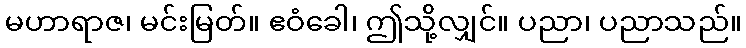
မဟာရာဇ၊ မင်းမြတ်။ ဧဝံခေါ၊ ဤသို့လျှင်။ ပညာ၊ ပညာသည်။